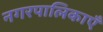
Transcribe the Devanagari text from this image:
नगरपालिकाएँ